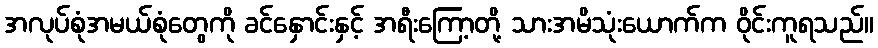
အလုပ်စုံအမယ်စုံတွေကို ခင်နှောင်းနှင့် အရီးကြော့တို့ သားအမိသုံးယောက်က ဝိုင်းကူရသည်။